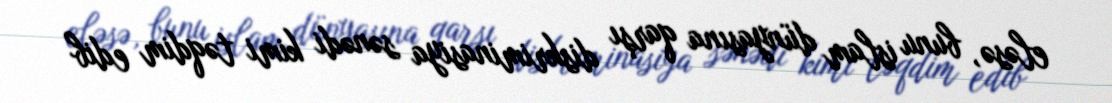
eləsə, bunu islam dünyasına qarşı diskriminasiya sənədi kimi təqdim edib